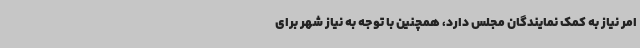
امر نیاز به کمک نمایندگان مجلس دارد، همچنین با توجه به نیاز شهر برای